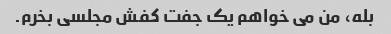
بله، من می خواهم یک جفت کفش مجلسی بخرم.